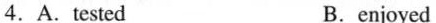
4.A. tested